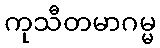
ကုသီတမာဂမ္မ